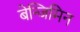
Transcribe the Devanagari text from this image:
बेन्जिमिन